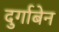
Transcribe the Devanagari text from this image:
दुर्गाबेन